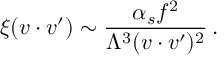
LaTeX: \xi ( v \cdot v ^ { \prime } ) \sim \frac { \alpha _ { s } f ^ { 2 } } { \Lambda ^ { 3 } ( v \cdot v ^ { \prime } ) ^ { 2 } } \, .